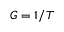
G = 1 / T